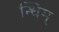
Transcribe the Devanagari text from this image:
न्धिम्